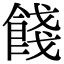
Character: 餞